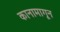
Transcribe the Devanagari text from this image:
कानामागून